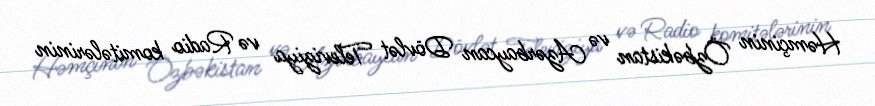
Həmçinin Özbəkistan və Azərbaycan Dövlət Televiziya və Radio komitələrinin